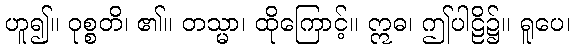
ဟူ၍။ ဝုစ္စတိ၊ ၏။ တသ္မာ၊ ထိုကြောင့်။ ဣဓ၊ ဤပါဠိ၌။ ရူပေ၊